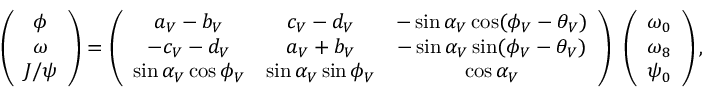
\left( \begin{array} { c } { { \phi } } \\ { { \omega } } \\ { { J / \psi } } \end{array} \right) = \left( \begin{array} { c c c } { { a _ { V } - b _ { V } } } & { { c _ { V } - d _ { V } } } & { { - \sin \alpha _ { V } \cos ( \phi _ { V } - \theta _ { V } ) } } \\ { { - c _ { V } - d _ { V } } } & { { a _ { V } + b _ { V } } } & { { - \sin \alpha _ { V } \sin ( \phi _ { V } - \theta _ { V } ) } } \\ { { \sin \alpha _ { V } \cos \phi _ { V } } } & { { \sin \alpha _ { V } \sin \phi _ { V } } } & { { \cos \alpha _ { V } } } \end{array} \right) ~ \left( \begin{array} { c } { { \omega _ { 0 } } } \\ { { \omega _ { 8 } } } \\ { { \psi _ { 0 } } } \end{array} \right) ,